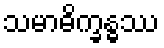
သမာဓိက္ခန္ဓဿ